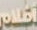
أفلام